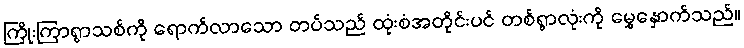
ကြိုးကြာရွာသစ်ကို ရောက်လာသော တပ်သည် ထုံးစံအတိုင်းပင် တစ်ရွာလုံးကို မွှေနှောက်သည်။